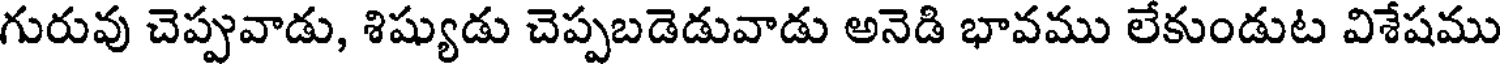
గురువు చెప్పువాడు, శిష్యుడు చెప్పబడెడువాడు అనెడి భావము లేకుండుట విశేషము